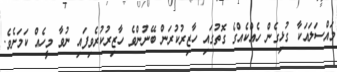
މައްސަލައަކާ ގުޅިގެން ހެއްކެއްގެ ގޮތުގައި ހާޒިރުކުރަން ބޭނުންވެ ހާޒިރުކުރެވިފައި ނުވާ މީހެއް ކަމަށެވެ.